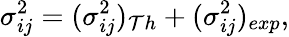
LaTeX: \sigma_{ij}^{2}=(\sigma_{ij}^{2})_{\mathcal{T}h}+(\sigma_{ij}^{2})_{exp},